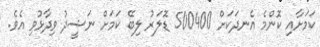
ކަމަށާއި ކޮންމެ އެނދަކަށް 500400 ޑޮލަރު ލިބޭ ކަމަށް ނަޝީދު ވިދާޅުވި އެވެ.